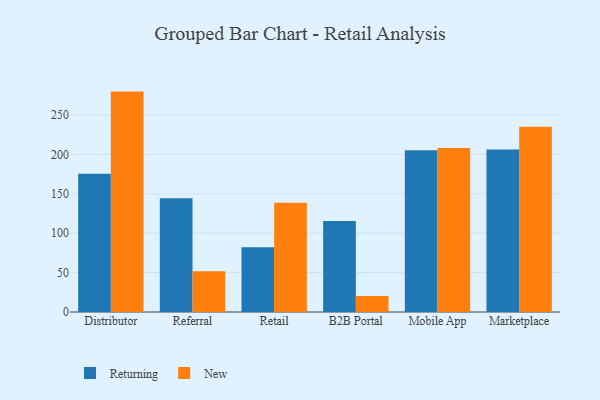
{"axis": {"x": "Channel", "y": "Energy Usage (MWh)"}, "legend": ["New", "Returning"], "data": [{"x": "Distributor", "y": 175.4, "type": "Returning"}, {"x": "Distributor", "y": 279.6, "type": "New"}, {"x": "Referral", "y": 144.2, "type": "Returning"}, {"x": "Referral", "y": 51.7, "type": "New"}, {"x": "Retail", "y": 82.2, "type": "Returning"}, {"x": "Retail", "y": 138.5, "type": "New"}, {"x": "B2B Portal", "y": 115.6, "type": "Returning"}, {"x": "B2B Portal", "y": 20.3, "type": "New"}, {"x": "Mobile App", "y": 205.3, "type": "Returning"}, {"x": "Mobile App", "y": 208.2, "type": "New"}, {"x": "Marketplace", "y": 206.3, "type": "Returning"}, {"x": "Marketplace", "y": 234.9, "type": "New"}]}